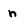
Character: n